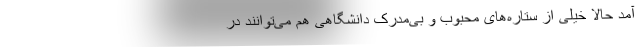
آمد حالا خیلی از ستاره‌های محبوب و بی‌مدرک دانشگاهی هم می‌توانند در